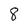
Character: 8